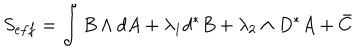
LaTeX: S _ { e f f } = \int { } B \wedge { } d A + \lambda _ { 1 } d ^ { * } B + \lambda _ { 2 } \wedge { } D ^ { * } A + \bar { C }